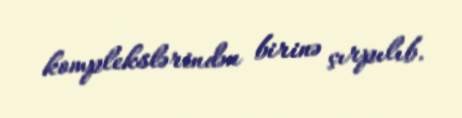
komplekslərindən birinə çırpılıb.